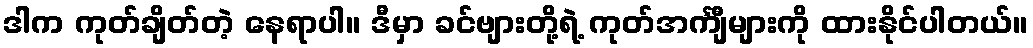
ဒါက ကုတ်ချိတ်တဲ့ နေရာပါ။ ဒီမှာ ခင်ဗျားတို့ရဲ့ ကုတ်အင်္ကျီများကို ထားနိုင်ပါတယ်။